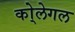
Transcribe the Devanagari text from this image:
को्लेगल